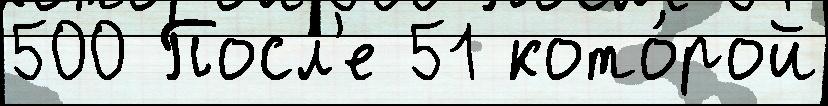
500 Посл'е 51 кото́рой